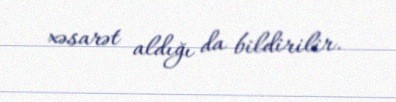
xəsarət aldığı da bildirilir.